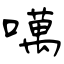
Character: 噧